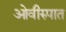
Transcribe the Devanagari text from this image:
ओवीरुपात